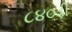
૮૪૦ડી